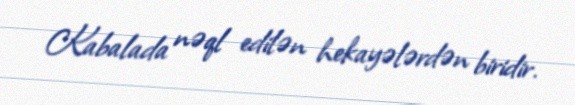
Kabalada nəql edilən hekayələrdən biridir.